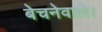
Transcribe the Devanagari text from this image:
बेचनेवाले।